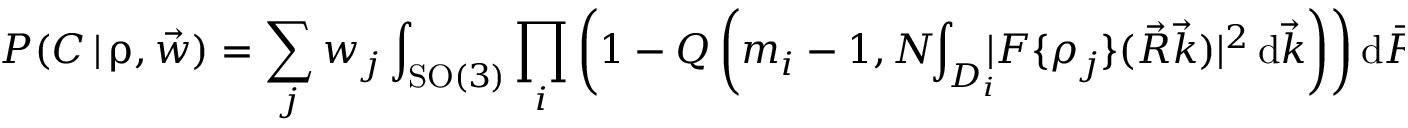
P ( C \, | \, \boldsymbol \uprho , \vec { w } ) = \sum _ { j } w _ { j } \int _ { \mathrm { S O } ( 3 ) } \prod _ { i } \left( 1 - Q \left( m _ { i } - 1 , N \! \! \int _ { D _ { i } } \! \! \mathcal \lvert F \{ \rho _ { j } \} ( \vec { R } \vec { k } ) \rvert ^ { 2 } \, \mathrm d \vec { k } \right) \right) \mathrm d \vec { R } ,